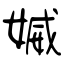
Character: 媙